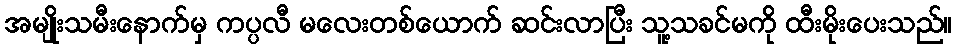
အမျိုးသမီးနောက်မှ ကပ္ပလီ မလေးတစ်ယောက် ဆင်းလာပြီး သူ့သခင်မကို ထီးမိုးပေးသည်။